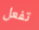
تفعل